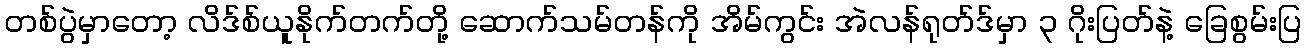
တစ်ပွဲမှာတော့ လိဒ်စ်ယူနိုက်တက်တို့ ဆောက်သမ်တန်ကို အိမ်ကွင်း အဲလန်ရုတ်ဒ်မှာ ၃ ဂိုးပြတ်နဲ့ ခြေစွမ်းပြ